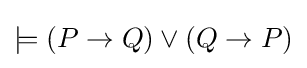
\models (P\to Q)\lor (Q\to P)